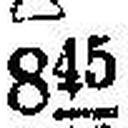
845